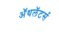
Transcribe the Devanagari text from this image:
ॲथलॅटर्स